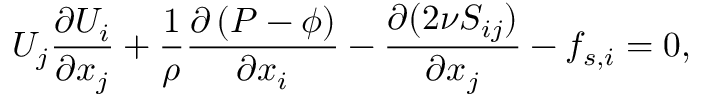
U _ { j } \frac { \partial U _ { i } } { \partial x _ { j } } + \frac { 1 } { \rho } \frac { \partial \left( P - \phi \right) } { \partial x _ { i } } - \frac { \partial ( 2 \nu S _ { i j } ) } { \partial x _ { j } } - f _ { s , i } = 0 ,